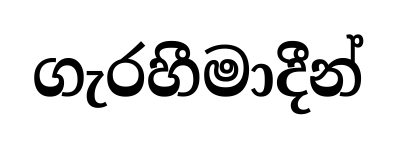
ගැරහීමාදීන්